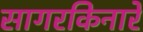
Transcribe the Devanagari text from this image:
सागरकिनारे